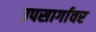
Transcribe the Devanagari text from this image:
उपसार्गावर